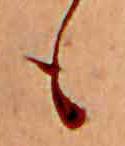
も